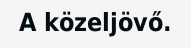
A közeljövő.